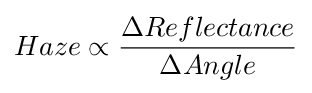
Haze\propto {\frac {\Delta Reflectance}{\Delta Angle}}